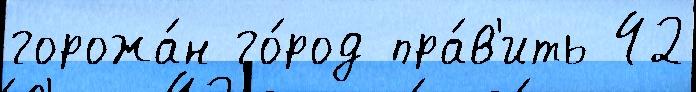
горожа́н го́род пра́в'ить 42